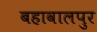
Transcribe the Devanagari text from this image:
बहावालपुर